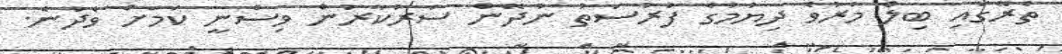
ތެރޭގައި ބިލް މަރުވެ ދިޔުމުގެ ފުރުސަތު ނުދޭން ސަރުކާރުން ވިސްނީ ކަމަށް ވެދާނެ.